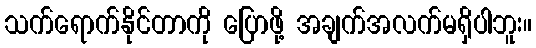
သက်ရောက်နိုင်တာကို ပြောဖို့ အချက်အလက်မရှိပါဘူး။